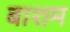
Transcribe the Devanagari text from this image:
बाशम